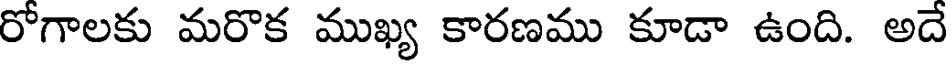
రోగాలకు మరొక ముఖ్య కారణము కూడా ఉంది. అదే